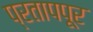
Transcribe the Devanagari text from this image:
प्रतापपूर